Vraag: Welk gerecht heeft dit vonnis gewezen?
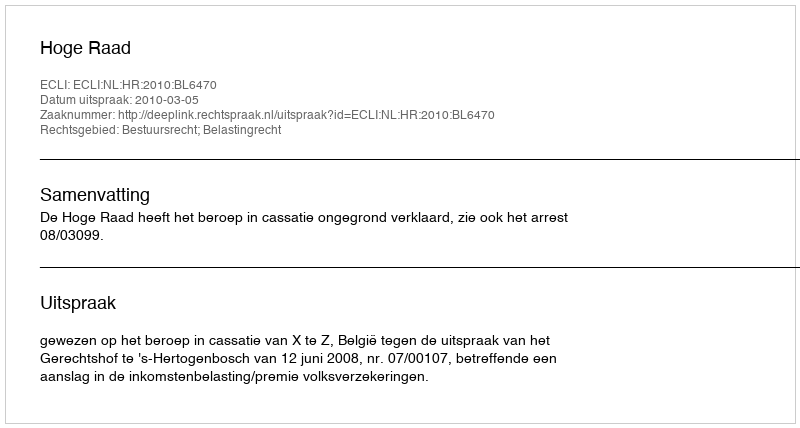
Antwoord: Hoge Raad